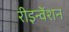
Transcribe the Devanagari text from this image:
रीइन्वेंशन